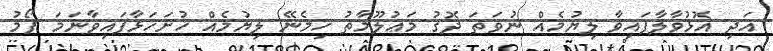
އަދި އޮޅުވާލާފައިވާ ލިޔުމެއް ނުވަތަ ދޮގު މަޢުލޫމާތު ހިމެނޭ ލިޔުމެއް ހުށަހަޅާފައިވާނަމަ ފޯމު